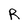
Character: R